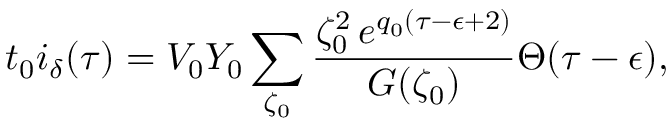
t _ { 0 } i _ { \delta } ( \tau ) = V _ { 0 } Y _ { 0 } \sum _ { \zeta _ { 0 } } \frac { \zeta _ { 0 } ^ { 2 } \, e ^ { q _ { 0 } ( \tau - \epsilon + 2 ) } } { G ( \zeta _ { 0 } ) } \Theta ( \tau - \epsilon ) ,